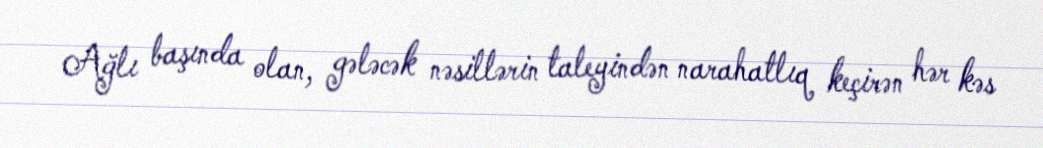
Ağlı başında olan, gələcək nəsillərin taleyindən narahatlıq keçirən hər kəs